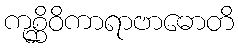
ကုစ္ဆိဝိကာရာဗာဓောတိ